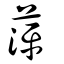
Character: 萍